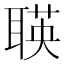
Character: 𬚡